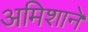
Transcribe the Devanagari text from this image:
अमिशाने